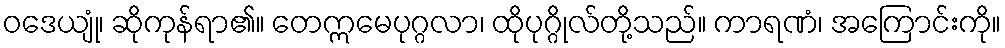
ဝဒေယျုံ၊ ဆိုကုန်ရာ၏။ တေဣမေပုဂ္ဂလာ၊ ထိုပုဂ္ဂိုလ်တို့သည်။ ကာရဏံ၊ အကြောင်းကို။